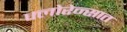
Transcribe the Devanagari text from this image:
फ्लोरेन्सात